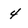
Character: 4